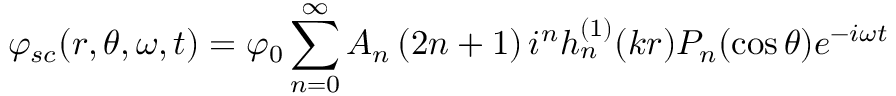
\varphi _ { s c } ( r , \theta , \omega , t ) = \varphi _ { 0 } \sum _ { n = 0 } ^ { \infty } A _ { n } \left( 2 n + 1 \right) i ^ { n } h _ { n } ^ { ( 1 ) } ( k r ) P _ { n } ( \cos \theta ) e ^ { - i \omega t }